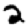
Digit: 2